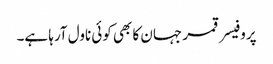
پروفیسر قمر جہان کا بھی کوئی ناول آرہا ہے۔